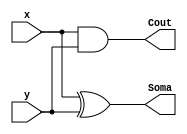
// -----------------------------------------------------
// Guia 06_02 - Somador subtrator 4 bits comp aritmetico
// Nome: Ludmily Caldeira da Silva
// -----------------------------------------------------

// -------------------------------------------------
// -- Somador subtrator 4 bits comp aritmetico
// -------------------------------------------------

module MS (Soma, Cout, x, y);

output Cout, Soma;
input x, y;

xor XOR1 (Soma, x, y);
and AND1 (Cout, x, y);

endmodule // MS

module SC (Soma1, Cout1, x1, y1, Cin);

output Cout1, Soma1;
input x1, y1, Cin;
wire t1, t2, t3;

MS MS1 (t2, t1, x1, y1);
MS MS2 (Soma1, t3, Cin, t2);
or Or1 (Cout1, t3, t1);

endmodule // SC

module compLogico (s, a, b);

output s;
input [3:0]a;
input [3:0]b;
wire t1, t2, t3, t4;

xnor XNOR1 (t1, a[0], b[0]);
xnor XNOR2 (t2, a[1], b[1]);
xnor XNOR3 (t3, a[2], b[2]);
xnor XNOR4 (t4, a[3], b[3]);
and AND1 (s, t1, t2, t3, t4);

endmodule // compLogico

module compAritmetico (menor, maior, a, b);

output menor, maior;
input [3:0]a;
input [3:0]b;
wire t[0:7];
wire t1, t2, t3, t4;


xnor XNOR2 (t2, a[1], b[1]);
xnor XNOR3 (t3, a[2], b[2]);
xnor XNOR4 (t4, a[3], b[3]);

and AND1 (t[0], a[0], ~b[0], t4, t3, t2);
and AND2 (t[1], a[1], ~b[1], t4, t3);
and AND3 (t[2], a[2], ~b[2], t4);
and AND4 (t[3], a[3], ~b[3]);

or OR1 (maior, t[0], t[1], t[2], t[3]);

and AND5 (t[4], ~a[0], b[0], t4, t3, t2);
and AND6 (t[5], ~a[1], b[1], t4, t3);
and AND7 (t[6], ~a[2], b[2], t4);
and AND8 (t[7], ~a[3], b[3]);

or OR2 (menor, t[4], t[5], t[6], t[7]);

endmodule // compAritmetico

module SomaSubLogAri (maior, menor, s1, s, vout, a, b, sel);

output vout, s1, maior, menor; 
output [3:0]s;
input sel;
input [3:0]a;
input [3:0]b; 
wire v[0:6];

xor XOR1 (v[0], sel, b[0]);
xor XOR2 (v[1], sel, b[1]);
xor XOR3 (v[2], sel, b[2]);
xor XOR4 (v[3], sel, b[3]);

SC SC0 (s[0], v[4], a[0], v[0], sel);
SC SC1 (s[1], v[5], a[1], v[1], v[4]);
SC SC2 (s[2], v[6], a[2], v[2], v[5]);
SC SC3 (s[3], vout, a[3], v[3], v[6]);


compLogico compLogico1 (s1, a, b);

compAritmetico CA (menor, maior, a, b);

endmodule // SomaSubLogAri

// -------------------------------------------------
// -- test Somador subtrator 4 bits comp aritmetico
// -------------------------------------------------

module testSomaSubLogAri;

reg [3:0]x;
reg [3:0]y;
reg sel;
wire [3:0]s;
wire s1;
wire cout, maior, menor;
integer j, k;

// instancia 
SomaSubLogAri SC41 (maior, menor, s1, s, cout, x, y, sel);

// parte principal

initial begin
sel = 0;
x = 0;
y = 0;
j = 0;

end

 initial begin 
 
      $display("\nguia06_02 - Ludmily Caldeira da Silva - 417290\n");
      $display("Test Somador Completo 4 bits com comparador logico e aritmetico\n");      
		$display("\nSel       a      b      Cout   Soma/Subt   a = b   a > b   a < b\n");
      $monitor("%b     %4b    %4b     %b     %4b       %b          %b       %b" , sel, x, y, cout, s, s1, maior, menor);
		
		for (j = 0; j < 16; j = j + 1) begin
					
			#1 x = j;		
													
				for (k = 0; k < 16; k = k + 1) begin
		
					#1 y = k; 					
								
			   end
				
		   end
					
			for (j = 0; j < 16; j = j + 1) begin
					
			#1 x = j; sel = 1;
													
				for (k = 0; k < 16; k = k + 1) begin
		
					#1 y = k; 					
								
			   end
		
	   end		
				
  end
 
endmodule // testSomaSubLogAri 

/* Resultados obtidos

      
     ----jGRASP exec: vvp guia06-02.vvp
    
    
    guia06_02 - Ludmily Caldeira da Silva - 417290
    
    Test Somador Completo 4 bits com comparador logico e aritmetico
    
    Soma
    
    
    Sel       a      b      Cout   Soma/Subt   a = b   a > b   a < b
    
    0     0000    0000     0     0000       1          0       0
    0     0000    0001     0     0001       0          0       1
    0     0000    0010     0     0010       0          0       1
    0     0000    0011     0     0011       0          0       1
    0     0000    0100     0     0100       0          0       1
    0     0000    0101     0     0101       0          0       1
    0     0000    0110     0     0110       0          0       1
    0     0000    0111     0     0111       0          0       1
    0     0000    1000     0     1000       0          0       1
    0     0000    1001     0     1001       0          0       1
    0     0000    1010     0     1010       0          0       1
    0     0000    1011     0     1011       0          0       1
    0     0000    1100     0     1100       0          0       1
    0     0000    1101     0     1101       0          0       1
    0     0000    1110     0     1110       0          0       1
    0     0000    1111     0     1111       0          0       1
    0     0001    1111     1     0000       0          0       1
    0     0001    0000     0     0001       0          1       0
    0     0001    0001     0     0010       1          0       0
    0     0001    0010     0     0011       0          0       1
    0     0001    0011     0     0100       0          0       1
    0     0001    0100     0     0101       0          0       1
    0     0001    0101     0     0110       0          0       1
    0     0001    0110     0     0111       0          0       1
    0     0001    0111     0     1000       0          0       1
    0     0001    1000     0     1001       0          0       1
    0     0001    1001     0     1010       0          0       1
    0     0001    1010     0     1011       0          0       1
    0     0001    1011     0     1100       0          0       1
    0     0001    1100     0     1101       0          0       1
    0     0001    1101     0     1110       0          0       1
    0     0001    1110     0     1111       0          0       1
    0     0001    1111     1     0000       0          0       1
    0     0010    1111     1     0001       0          0       1
    0     0010    0000     0     0010       0          1       0
    0     0010    0001     0     0011       0          1       0
    0     0010    0010     0     0100       1          0       0
    0     0010    0011     0     0101       0          0       1
    0     0010    0100     0     0110       0          0       1
    0     0010    0101     0     0111       0          0       1
    0     0010    0110     0     1000       0          0       1
    0     0010    0111     0     1001       0          0       1
    0     0010    1000     0     1010       0          0       1
    0     0010    1001     0     1011       0          0       1
    0     0010    1010     0     1100       0          0       1
    0     0010    1011     0     1101       0          0       1
    0     0010    1100     0     1110       0          0       1
    0     0010    1101     0     1111       0          0       1
    0     0010    1110     1     0000       0          0       1
    0     0010    1111     1     0001       0          0       1
    0     0011    1111     1     0010       0          0       1
    0     0011    0000     0     0011       0          1       0
    0     0011    0001     0     0100       0          1       0
    0     0011    0010     0     0101       0          1       0
    0     0011    0011     0     0110       1          0       0
    0     0011    0100     0     0111       0          0       1
    0     0011    0101     0     1000       0          0       1
    0     0011    0110     0     1001       0          0       1
    0     0011    0111     0     1010       0          0       1
    0     0011    1000     0     1011       0          0       1
    0     0011    1001     0     1100       0          0       1
    0     0011    1010     0     1101       0          0       1
    0     0011    1011     0     1110       0          0       1
    0     0011    1100     0     1111       0          0       1
    0     0011    1101     1     0000       0          0       1
    0     0011    1110     1     0001       0          0       1
    0     0011    1111     1     0010       0          0       1
    0     0100    1111     1     0011       0          0       1
    0     0100    0000     0     0100       0          1       0
    0     0100    0001     0     0101       0          1       0
    0     0100    0010     0     0110       0          1       0
    0     0100    0011     0     0111       0          1       0
    0     0100    0100     0     1000       1          0       0
    0     0100    0101     0     1001       0          0       1
    0     0100    0110     0     1010       0          0       1
    0     0100    0111     0     1011       0          0       1
    0     0100    1000     0     1100       0          0       1
    0     0100    1001     0     1101       0          0       1
    0     0100    1010     0     1110       0          0       1
    0     0100    1011     0     1111       0          0       1
    0     0100    1100     1     0000       0          0       1
    0     0100    1101     1     0001       0          0       1
    0     0100    1110     1     0010       0          0       1
    0     0100    1111     1     0011       0          0       1
    0     0101    1111     1     0100       0          0       1
    0     0101    0000     0     0101       0          1       0
    0     0101    0001     0     0110       0          1       0
    0     0101    0010     0     0111       0          1       0
    0     0101    0011     0     1000       0          1       0
    0     0101    0100     0     1001       0          1       0
    0     0101    0101     0     1010       1          0       0
    0     0101    0110     0     1011       0          0       1
    0     0101    0111     0     1100       0          0       1
    0     0101    1000     0     1101       0          0       1
    0     0101    1001     0     1110       0          0       1
    0     0101    1010     0     1111       0          0       1
    0     0101    1011     1     0000       0          0       1
    0     0101    1100     1     0001       0          0       1
    0     0101    1101     1     0010       0          0       1
    0     0101    1110     1     0011       0          0       1
    0     0101    1111     1     0100       0          0       1
    0     0110    1111     1     0101       0          0       1
    0     0110    0000     0     0110       0          1       0
    0     0110    0001     0     0111       0          1       0
    0     0110    0010     0     1000       0          1       0
    0     0110    0011     0     1001       0          1       0
    0     0110    0100     0     1010       0          1       0
    0     0110    0101     0     1011       0          1       0
    0     0110    0110     0     1100       1          0       0
    0     0110    0111     0     1101       0          0       1
    0     0110    1000     0     1110       0          0       1
    0     0110    1001     0     1111       0          0       1
    0     0110    1010     1     0000       0          0       1
    0     0110    1011     1     0001       0          0       1
    0     0110    1100     1     0010       0          0       1
    0     0110    1101     1     0011       0          0       1
    0     0110    1110     1     0100       0          0       1
    0     0110    1111     1     0101       0          0       1
    0     0111    1111     1     0110       0          0       1
    0     0111    0000     0     0111       0          1       0
    0     0111    0001     0     1000       0          1       0
    0     0111    0010     0     1001       0          1       0
    0     0111    0011     0     1010       0          1       0
    0     0111    0100     0     1011       0          1       0
    0     0111    0101     0     1100       0          1       0
    0     0111    0110     0     1101       0          1       0
    0     0111    0111     0     1110       1          0       0
    0     0111    1000     0     1111       0          0       1
    0     0111    1001     1     0000       0          0       1
    0     0111    1010     1     0001       0          0       1
    0     0111    1011     1     0010       0          0       1
    0     0111    1100     1     0011       0          0       1
    0     0111    1101     1     0100       0          0       1
    0     0111    1110     1     0101       0          0       1
    0     0111    1111     1     0110       0          0       1
    0     1000    1111     1     0111       0          0       1
    0     1000    0000     0     1000       0          1       0
    0     1000    0001     0     1001       0          1       0
    0     1000    0010     0     1010       0          1       0
    0     1000    0011     0     1011       0          1       0
    0     1000    0100     0     1100       0          1       0
    0     1000    0101     0     1101       0          1       0
    0     1000    0110     0     1110       0          1       0
    0     1000    0111     0     1111       0          1       0
    0     1000    1000     1     0000       1          0       0
    0     1000    1001     1     0001       0          0       1
    0     1000    1010     1     0010       0          0       1
    0     1000    1011     1     0011       0          0       1
    0     1000    1100     1     0100       0          0       1
    0     1000    1101     1     0101       0          0       1
    0     1000    1110     1     0110       0          0       1
    0     1000    1111     1     0111       0          0       1
    0     1001    1111     1     1000       0          0       1
    0     1001    0000     0     1001       0          1       0
    0     1001    0001     0     1010       0          1       0
    0     1001    0010     0     1011       0          1       0
    0     1001    0011     0     1100       0          1       0
    0     1001    0100     0     1101       0          1       0
    0     1001    0101     0     1110       0          1       0
    0     1001    0110     0     1111       0          1       0
    0     1001    0111     1     0000       0          1       0
    0     1001    1000     1     0001       0          1       0
    0     1001    1001     1     0010       1          0       0
    0     1001    1010     1     0011       0          0       1
    0     1001    1011     1     0100       0          0       1
    0     1001    1100     1     0101       0          0       1
    0     1001    1101     1     0110       0          0       1
    0     1001    1110     1     0111       0          0       1
    0     1001    1111     1     1000       0          0       1
    0     1010    1111     1     1001       0          0       1
    0     1010    0000     0     1010       0          1       0
    0     1010    0001     0     1011       0          1       0
    0     1010    0010     0     1100       0          1       0
    0     1010    0011     0     1101       0          1       0
    0     1010    0100     0     1110       0          1       0
    0     1010    0101     0     1111       0          1       0
    0     1010    0110     1     0000       0          1       0
    0     1010    0111     1     0001       0          1       0
    0     1010    1000     1     0010       0          1       0
    0     1010    1001     1     0011       0          1       0
    0     1010    1010     1     0100       1          0       0
    0     1010    1011     1     0101       0          0       1
    0     1010    1100     1     0110       0          0       1
    0     1010    1101     1     0111       0          0       1
    0     1010    1110     1     1000       0          0       1
    0     1010    1111     1     1001       0          0       1
    0     1011    1111     1     1010       0          0       1
    0     1011    0000     0     1011       0          1       0
    0     1011    0001     0     1100       0          1       0
    0     1011    0010     0     1101       0          1       0
    0     1011    0011     0     1110       0          1       0
    0     1011    0100     0     1111       0          1       0
    0     1011    0101     1     0000       0          1       0
    0     1011    0110     1     0001       0          1       0
    0     1011    0111     1     0010       0          1       0
    0     1011    1000     1     0011       0          1       0
    0     1011    1001     1     0100       0          1       0
    0     1011    1010     1     0101       0          1       0
    0     1011    1011     1     0110       1          0       0
    0     1011    1100     1     0111       0          0       1
    0     1011    1101     1     1000       0          0       1
    0     1011    1110     1     1001       0          0       1
    0     1011    1111     1     1010       0          0       1
    0     1100    1111     1     1011       0          0       1
    0     1100    0000     0     1100       0          1       0
    0     1100    0001     0     1101       0          1       0
    0     1100    0010     0     1110       0          1       0
    0     1100    0011     0     1111       0          1       0
    0     1100    0100     1     0000       0          1       0
    0     1100    0101     1     0001       0          1       0
    0     1100    0110     1     0010       0          1       0
    0     1100    0111     1     0011       0          1       0
    0     1100    1000     1     0100       0          1       0
    0     1100    1001     1     0101       0          1       0
    0     1100    1010     1     0110       0          1       0
    0     1100    1011     1     0111       0          1       0
    0     1100    1100     1     1000       1          0       0
    0     1100    1101     1     1001       0          0       1
    0     1100    1110     1     1010       0          0       1
    0     1100    1111     1     1011       0          0       1
    0     1101    1111     1     1100       0          0       1
    0     1101    0000     0     1101       0          1       0
    0     1101    0001     0     1110       0          1       0
    0     1101    0010     0     1111       0          1       0
    0     1101    0011     1     0000       0          1       0
    0     1101    0100     1     0001       0          1       0
    0     1101    0101     1     0010       0          1       0
    0     1101    0110     1     0011       0          1       0
    0     1101    0111     1     0100       0          1       0
    0     1101    1000     1     0101       0          1       0
    0     1101    1001     1     0110       0          1       0
    0     1101    1010     1     0111       0          1       0
    0     1101    1011     1     1000       0          1       0
    0     1101    1100     1     1001       0          1       0
    0     1101    1101     1     1010       1          0       0
    0     1101    1110     1     1011       0          0       1
    0     1101    1111     1     1100       0          0       1
    0     1110    1111     1     1101       0          0       1
    0     1110    0000     0     1110       0          1       0
    0     1110    0001     0     1111       0          1       0
    0     1110    0010     1     0000       0          1       0
    0     1110    0011     1     0001       0          1       0
    0     1110    0100     1     0010       0          1       0
    0     1110    0101     1     0011       0          1       0
    0     1110    0110     1     0100       0          1       0
    0     1110    0111     1     0101       0          1       0
    0     1110    1000     1     0110       0          1       0
    0     1110    1001     1     0111       0          1       0
    0     1110    1010     1     1000       0          1       0
    0     1110    1011     1     1001       0          1       0
    0     1110    1100     1     1010       0          1       0
    0     1110    1101     1     1011       0          1       0
    0     1110    1110     1     1100       1          0       0
    0     1110    1111     1     1101       0          0       1
    0     1111    1111     1     1110       1          0       0
    0     1111    0000     0     1111       0          1       0
    0     1111    0001     1     0000       0          1       0
    0     1111    0010     1     0001       0          1       0
    0     1111    0011     1     0010       0          1       0
    0     1111    0100     1     0011       0          1       0
    0     1111    0101     1     0100       0          1       0
    0     1111    0110     1     0101       0          1       0
    0     1111    0111     1     0110       0          1       0
    0     1111    1000     1     0111       0          1       0
    0     1111    1001     1     1000       0          1       0
    0     1111    1010     1     1001       0          1       0
    0     1111    1011     1     1010       0          1       0
    0     1111    1100     1     1011       0          1       0
    0     1111    1101     1     1100       0          1       0
    0     1111    1110     1     1101       0          1       0
    0     1111    1111     1     1110       1          0       0
    1     0000    1111     0     0001       0          0       1
    1     0000    0000     1     0000       1          0       0
    1     0000    0001     0     1111       0          0       1
    1     0000    0010     0     1110       0          0       1
    1     0000    0011     0     1101       0          0       1
    1     0000    0100     0     1100       0          0       1
    1     0000    0101     0     1011       0          0       1
    1     0000    0110     0     1010       0          0       1
    1     0000    0111     0     1001       0          0       1
    1     0000    1000     0     1000       0          0       1
    1     0000    1001     0     0111       0          0       1
    1     0000    1010     0     0110       0          0       1
    1     0000    1011     0     0101       0          0       1
    1     0000    1100     0     0100       0          0       1
    1     0000    1101     0     0011       0          0       1
    1     0000    1110     0     0010       0          0       1
    1     0000    1111     0     0001       0          0       1
    1     0001    1111     0     0010       0          0       1
    1     0001    0000     1     0001       0          1       0
    1     0001    0001     1     0000       1          0       0
    1     0001    0010     0     1111       0          0       1
    1     0001    0011     0     1110       0          0       1
    1     0001    0100     0     1101       0          0       1
    1     0001    0101     0     1100       0          0       1
    1     0001    0110     0     1011       0          0       1
    1     0001    0111     0     1010       0          0       1
    1     0001    1000     0     1001       0          0       1
    1     0001    1001     0     1000       0          0       1
    1     0001    1010     0     0111       0          0       1
    1     0001    1011     0     0110       0          0       1
    1     0001    1100     0     0101       0          0       1
    1     0001    1101     0     0100       0          0       1
    1     0001    1110     0     0011       0          0       1
    1     0001    1111     0     0010       0          0       1
    1     0010    1111     0     0011       0          0       1
    1     0010    0000     1     0010       0          1       0
    1     0010    0001     1     0001       0          1       0
    1     0010    0010     1     0000       1          0       0
    1     0010    0011     0     1111       0          0       1
    1     0010    0100     0     1110       0          0       1
    1     0010    0101     0     1101       0          0       1
    1     0010    0110     0     1100       0          0       1
    1     0010    0111     0     1011       0          0       1
    1     0010    1000     0     1010       0          0       1
    1     0010    1001     0     1001       0          0       1
    1     0010    1010     0     1000       0          0       1
    1     0010    1011     0     0111       0          0       1
    1     0010    1100     0     0110       0          0       1
    1     0010    1101     0     0101       0          0       1
    1     0010    1110     0     0100       0          0       1
    1     0010    1111     0     0011       0          0       1
    1     0011    1111     0     0100       0          0       1
    1     0011    0000     1     0011       0          1       0
    1     0011    0001     1     0010       0          1       0
    1     0011    0010     1     0001       0          1       0
    1     0011    0011     1     0000       1          0       0
    1     0011    0100     0     1111       0          0       1
    1     0011    0101     0     1110       0          0       1
    1     0011    0110     0     1101       0          0       1
    1     0011    0111     0     1100       0          0       1
    1     0011    1000     0     1011       0          0       1
    1     0011    1001     0     1010       0          0       1
    1     0011    1010     0     1001       0          0       1
    1     0011    1011     0     1000       0          0       1
    1     0011    1100     0     0111       0          0       1
    1     0011    1101     0     0110       0          0       1
    1     0011    1110     0     0101       0          0       1
    1     0011    1111     0     0100       0          0       1
    1     0100    1111     0     0101       0          0       1
    1     0100    0000     1     0100       0          1       0
    1     0100    0001     1     0011       0          1       0
    1     0100    0010     1     0010       0          1       0
    1     0100    0011     1     0001       0          1       0
    1     0100    0100     1     0000       1          0       0
    1     0100    0101     0     1111       0          0       1
    1     0100    0110     0     1110       0          0       1
    1     0100    0111     0     1101       0          0       1
    1     0100    1000     0     1100       0          0       1
    1     0100    1001     0     1011       0          0       1
    1     0100    1010     0     1010       0          0       1
    1     0100    1011     0     1001       0          0       1
    1     0100    1100     0     1000       0          0       1
    1     0100    1101     0     0111       0          0       1
    1     0100    1110     0     0110       0          0       1
    1     0100    1111     0     0101       0          0       1
    1     0101    1111     0     0110       0          0       1
    1     0101    0000     1     0101       0          1       0
    1     0101    0001     1     0100       0          1       0
    1     0101    0010     1     0011       0          1       0
    1     0101    0011     1     0010       0          1       0
    1     0101    0100     1     0001       0          1       0
    1     0101    0101     1     0000       1          0       0
    1     0101    0110     0     1111       0          0       1
    1     0101    0111     0     1110       0          0       1
    1     0101    1000     0     1101       0          0       1
    1     0101    1001     0     1100       0          0       1
    1     0101    1010     0     1011       0          0       1
    1     0101    1011     0     1010       0          0       1
    1     0101    1100     0     1001       0          0       1
    1     0101    1101     0     1000       0          0       1
    1     0101    1110     0     0111       0          0       1
    1     0101    1111     0     0110       0          0       1
    1     0110    1111     0     0111       0          0       1
    1     0110    0000     1     0110       0          1       0
    1     0110    0001     1     0101       0          1       0
    1     0110    0010     1     0100       0          1       0
    1     0110    0011     1     0011       0          1       0
    1     0110    0100     1     0010       0          1       0
    1     0110    0101     1     0001       0          1       0
    1     0110    0110     1     0000       1          0       0
    1     0110    0111     0     1111       0          0       1
    1     0110    1000     0     1110       0          0       1
    1     0110    1001     0     1101       0          0       1
    1     0110    1010     0     1100       0          0       1
    1     0110    1011     0     1011       0          0       1
    1     0110    1100     0     1010       0          0       1
    1     0110    1101     0     1001       0          0       1
    1     0110    1110     0     1000       0          0       1
    1     0110    1111     0     0111       0          0       1
    1     0111    1111     0     1000       0          0       1
    1     0111    0000     1     0111       0          1       0
    1     0111    0001     1     0110       0          1       0
    1     0111    0010     1     0101       0          1       0
    1     0111    0011     1     0100       0          1       0
    1     0111    0100     1     0011       0          1       0
    1     0111    0101     1     0010       0          1       0
    1     0111    0110     1     0001       0          1       0
    1     0111    0111     1     0000       1          0       0
    1     0111    1000     0     1111       0          0       1
    1     0111    1001     0     1110       0          0       1
    1     0111    1010     0     1101       0          0       1
    1     0111    1011     0     1100       0          0       1
    1     0111    1100     0     1011       0          0       1
    1     0111    1101     0     1010       0          0       1
    1     0111    1110     0     1001       0          0       1
    1     0111    1111     0     1000       0          0       1
    1     1000    1111     0     1001       0          0       1
    1     1000    0000     1     1000       0          1       0
    1     1000    0001     1     0111       0          1       0
    1     1000    0010     1     0110       0          1       0
    1     1000    0011     1     0101       0          1       0
    1     1000    0100     1     0100       0          1       0
    1     1000    0101     1     0011       0          1       0
    1     1000    0110     1     0010       0          1       0
    1     1000    0111     1     0001       0          1       0
    1     1000    1000     1     0000       1          0       0
    1     1000    1001     0     1111       0          0       1
    1     1000    1010     0     1110       0          0       1
    1     1000    1011     0     1101       0          0       1
    1     1000    1100     0     1100       0          0       1
    1     1000    1101     0     1011       0          0       1
    1     1000    1110     0     1010       0          0       1
    1     1000    1111     0     1001       0          0       1
    1     1001    1111     0     1010       0          0       1
    1     1001    0000     1     1001       0          1       0
    1     1001    0001     1     1000       0          1       0
    1     1001    0010     1     0111       0          1       0
    1     1001    0011     1     0110       0          1       0
    1     1001    0100     1     0101       0          1       0
    1     1001    0101     1     0100       0          1       0
    1     1001    0110     1     0011       0          1       0
    1     1001    0111     1     0010       0          1       0
    1     1001    1000     1     0001       0          1       0
    1     1001    1001     1     0000       1          0       0
    1     1001    1010     0     1111       0          0       1
    1     1001    1011     0     1110       0          0       1
    1     1001    1100     0     1101       0          0       1
    1     1001    1101     0     1100       0          0       1
    1     1001    1110     0     1011       0          0       1
    1     1001    1111     0     1010       0          0       1
    1     1010    1111     0     1011       0          0       1
    1     1010    0000     1     1010       0          1       0
    1     1010    0001     1     1001       0          1       0
    1     1010    0010     1     1000       0          1       0
    1     1010    0011     1     0111       0          1       0
    1     1010    0100     1     0110       0          1       0
    1     1010    0101     1     0101       0          1       0
    1     1010    0110     1     0100       0          1       0
    1     1010    0111     1     0011       0          1       0
    1     1010    1000     1     0010       0          1       0
    1     1010    1001     1     0001       0          1       0
    1     1010    1010     1     0000       1          0       0
    1     1010    1011     0     1111       0          0       1
    1     1010    1100     0     1110       0          0       1
    1     1010    1101     0     1101       0          0       1
    1     1010    1110     0     1100       0          0       1
    1     1010    1111     0     1011       0          0       1
    1     1011    1111     0     1100       0          0       1
    1     1011    0000     1     1011       0          1       0
    1     1011    0001     1     1010       0          1       0
    1     1011    0010     1     1001       0          1       0
    1     1011    0011     1     1000       0          1       0
    1     1011    0100     1     0111       0          1       0
    1     1011    0101     1     0110       0          1       0
    1     1011    0110     1     0101       0          1       0
    1     1011    0111     1     0100       0          1       0
    1     1011    1000     1     0011       0          1       0
    1     1011    1001     1     0010       0          1       0
    1     1011    1010     1     0001       0          1       0
    1     1011    1011     1     0000       1          0       0
    1     1011    1100     0     1111       0          0       1
    1     1011    1101     0     1110       0          0       1
    1     1011    1110     0     1101       0          0       1
    1     1011    1111     0     1100       0          0       1
    1     1100    1111     0     1101       0          0       1
    1     1100    0000     1     1100       0          1       0
    1     1100    0001     1     1011       0          1       0
    1     1100    0010     1     1010       0          1       0
    1     1100    0011     1     1001       0          1       0
    1     1100    0100     1     1000       0          1       0
    1     1100    0101     1     0111       0          1       0
    1     1100    0110     1     0110       0          1       0
    1     1100    0111     1     0101       0          1       0
    1     1100    1000     1     0100       0          1       0
    1     1100    1001     1     0011       0          1       0
    1     1100    1010     1     0010       0          1       0
    1     1100    1011     1     0001       0          1       0
    1     1100    1100     1     0000       1          0       0
    1     1100    1101     0     1111       0          0       1
    1     1100    1110     0     1110       0          0       1
    1     1100    1111     0     1101       0          0       1
    1     1101    1111     0     1110       0          0       1
    1     1101    0000     1     1101       0          1       0
    1     1101    0001     1     1100       0          1       0
    1     1101    0010     1     1011       0          1       0
    1     1101    0011     1     1010       0          1       0
    1     1101    0100     1     1001       0          1       0
    1     1101    0101     1     1000       0          1       0
    1     1101    0110     1     0111       0          1       0
    1     1101    0111     1     0110       0          1       0
    1     1101    1000     1     0101       0          1       0
    1     1101    1001     1     0100       0          1       0
    1     1101    1010     1     0011       0          1       0
    1     1101    1011     1     0010       0          1       0
    1     1101    1100     1     0001       0          1       0
    1     1101    1101     1     0000       1          0       0
    1     1101    1110     0     1111       0          0       1
    1     1101    1111     0     1110       0          0       1
    1     1110    1111     0     1111       0          0       1
    1     1110    0000     1     1110       0          1       0
    1     1110    0001     1     1101       0          1       0
    1     1110    0010     1     1100       0          1       0
    1     1110    0011     1     1011       0          1       0
    1     1110    0100     1     1010       0          1       0
    1     1110    0101     1     1001       0          1       0
    1     1110    0110     1     1000       0          1       0
    1     1110    0111     1     0111       0          1       0
    1     1110    1000     1     0110       0          1       0
    1     1110    1001     1     0101       0          1       0
    1     1110    1010     1     0100       0          1       0
    1     1110    1011     1     0011       0          1       0
    1     1110    1100     1     0010       0          1       0
    1     1110    1101     1     0001       0          1       0
    1     1110    1110     1     0000       1          0       0
    1     1110    1111     0     1111       0          0       1
    1     1111    1111     1     0000       1          0       0
    1     1111    0000     1     1111       0          1       0
    1     1111    0001     1     1110       0          1       0
    1     1111    0010     1     1101       0          1       0
    1     1111    0011     1     1100       0          1       0
    1     1111    0100     1     1011       0          1       0
    1     1111    0101     1     1010       0          1       0
    1     1111    0110     1     1001       0          1       0
    1     1111    0111     1     1000       0          1       0
    1     1111    1000     1     0111       0          1       0
    1     1111    1001     1     0110       0          1       0
    1     1111    1010     1     0101       0          1       0
    1     1111    1011     1     0100       0          1       0
    1     1111    1100     1     0011       0          1       0
    1     1111    1101     1     0010       0          1       0
    1     1111    1110     1     0001       0          1       0
    1     1111    1111     1     0000       1          0       0
    
     ----jGRASP: operation complete.
    
 	      
 */